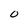
Character: O